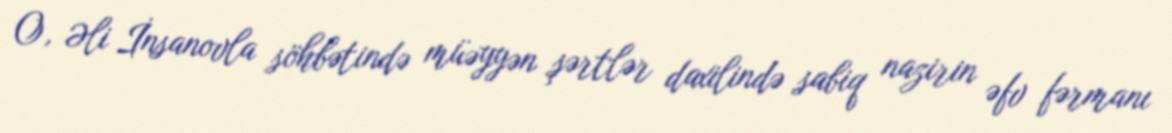
O, Əli İnsanovla söhbətində müəyyən şərtlər daxilində sabiq nazirin əfv fərmanı